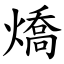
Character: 燆